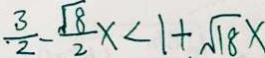
\frac { 3 } { 2 } - \frac { \sqrt { 8 } } { 2 } x < 1 + \sqrt { 1 8 } x